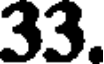
33.